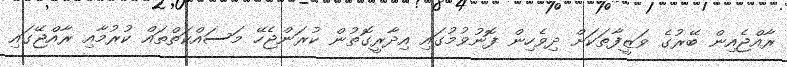
ރާއްޖެއިން ބޭރުގެ ވަޒީފާތަކަށް ދިވެހިން ފޮނުވުމުގައި އިދާރީގޮތުން ކުރަންޖެހޭ މަސައްކަތްތައް ކުރުމާއި ރާއްޖޭގައި